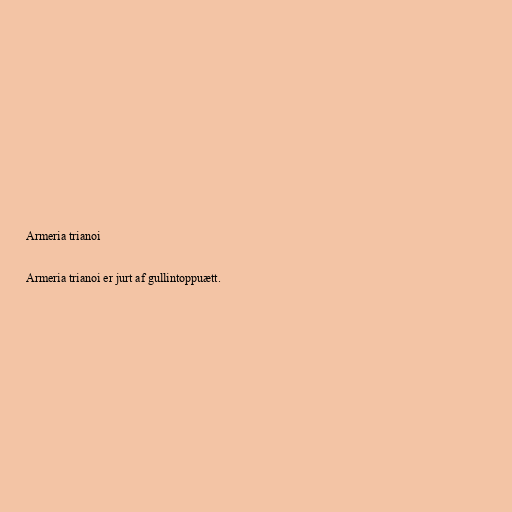
Armeria trianoi

Armeria trianoi er jurt af gullintoppuætt.